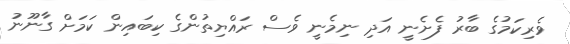
ވެރިކަމުގެ ބާރު ފެށެނީ އަދި ނިމެނީ ވެސް ރައްޔިތުންގެ ކިބައިން ކަމަށް ގާނޫނު